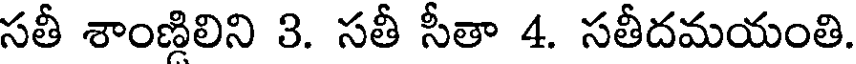
సతీ శాంణిలిని 3. సతీ సీతా 4. సతీదమయంతి.